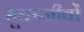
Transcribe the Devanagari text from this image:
सूक्ष्जीवों